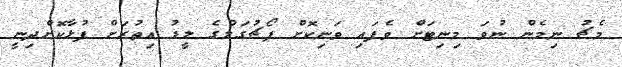
މެޗު ނިމެން ނުވަ މިނިޓަށް ވެފައި ވަނިކޮށް ޕޯޗުގަލްގެ ލީޑު އިތުރަށް ފުޅާކޮށްދިނީ